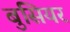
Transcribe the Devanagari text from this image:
बुसियर